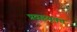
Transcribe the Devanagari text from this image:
प्रवहयुक्त